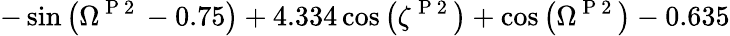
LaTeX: -\sin{\left(\Omega^{\mathrm{~P~2~}}-0.75\right)}+4.334\cos{\left(\zeta^{\mathrm{~P~2~}}\right)}+\cos{\left(\Omega^{\mathrm{~P~2~}}\right)}-0.635